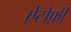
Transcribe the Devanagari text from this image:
ऐटोफ़ी